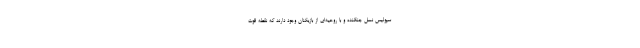
سپولیس نسل جنگنده و با روحیه‌ای از بازیکنان وجود دارند که نقطه قوت